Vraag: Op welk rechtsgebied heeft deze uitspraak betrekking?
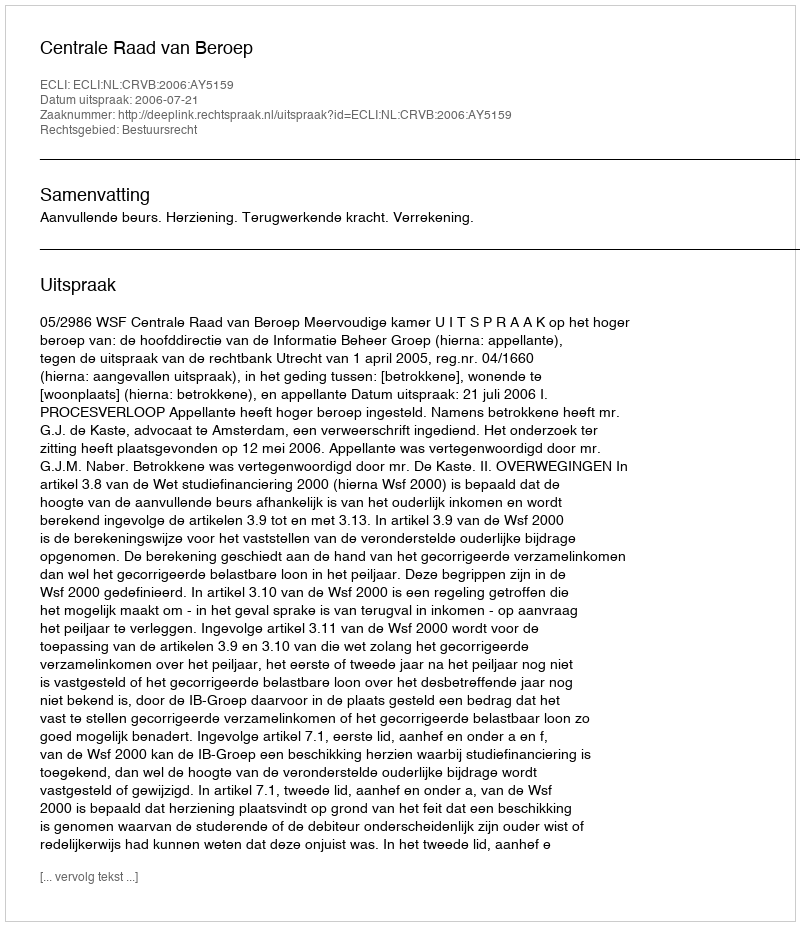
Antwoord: Bestuursrecht